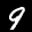
Label: 9